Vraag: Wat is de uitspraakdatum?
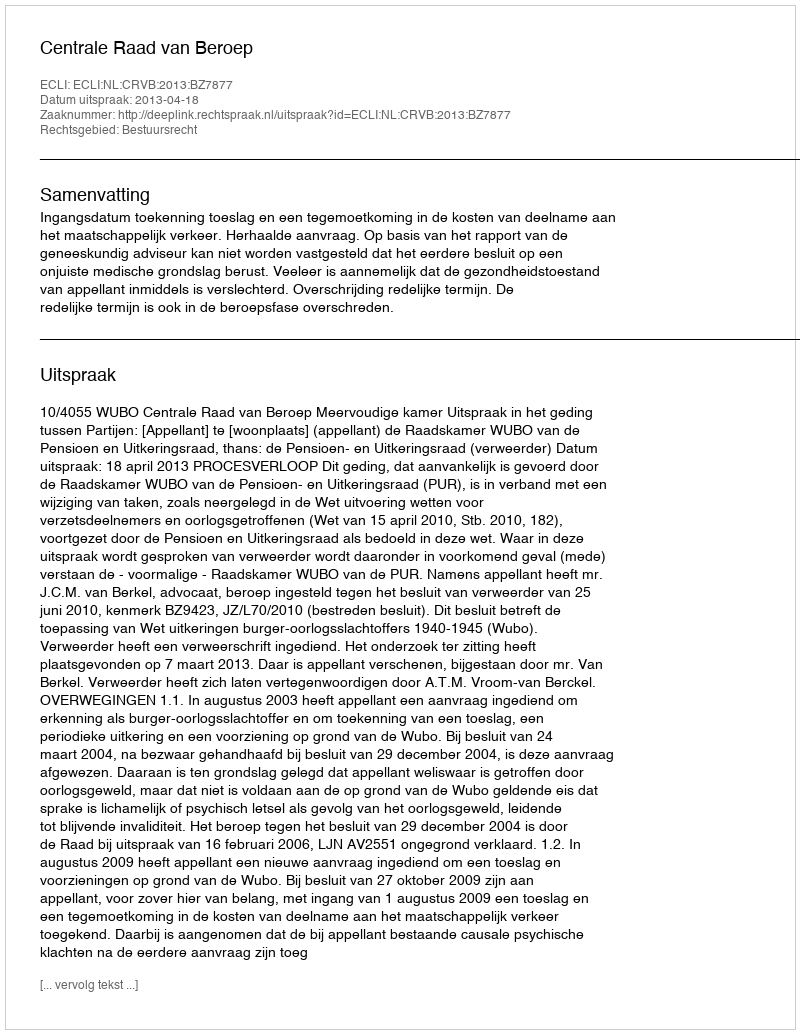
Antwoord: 2013-04-18